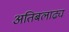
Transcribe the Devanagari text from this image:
अतिबलाढ्य